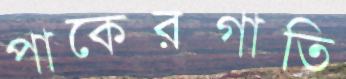
পাকেরগাতি